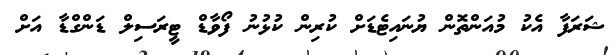
ޝަރަފާ އެކު މުއަންތޮން ޔުނައިޓެޑަށް ކުރިން ކުޅުނު ފޯވާޑް ޓީރަސިލް ޑަންގްޑާ އަށް